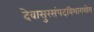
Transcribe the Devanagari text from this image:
देवासुरसंपदविभागयोग